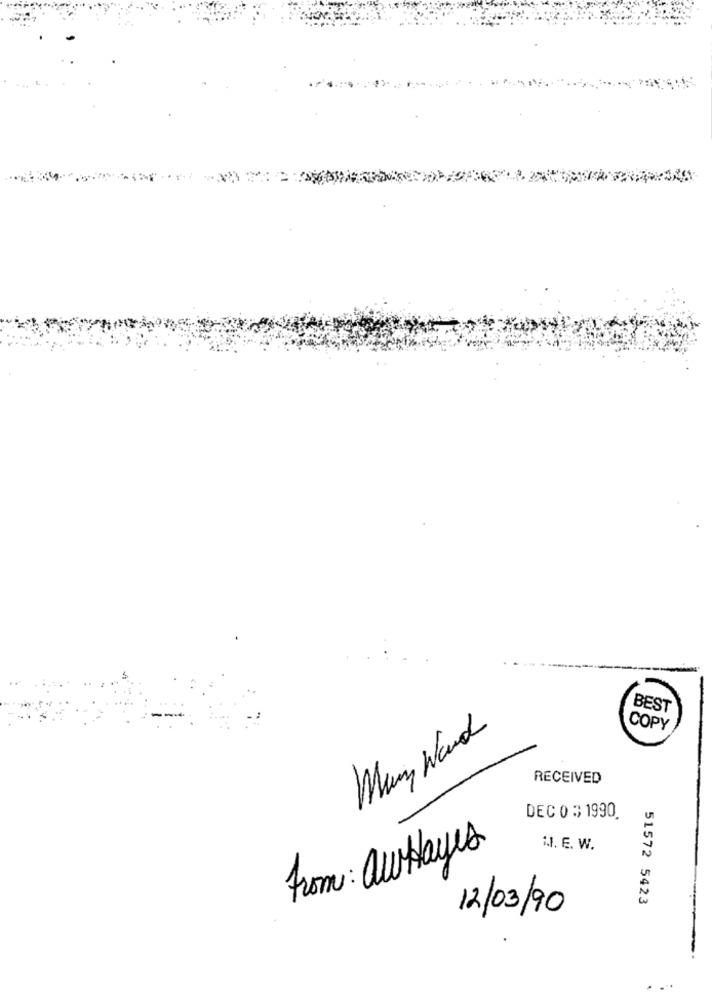
BEST
COPY
Many Word
RECEIVED
DEC 0 3 1990
From : auHayes
I.I. E. W.
51572 5423
12/03/90